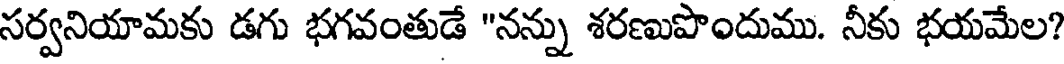
సర్వనియామకు డగు భగవంతుడే "నన్ను శరణుపొందుము. నీకు భయమేల?